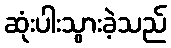
ဆုံးပါးသွားခဲ့သည်